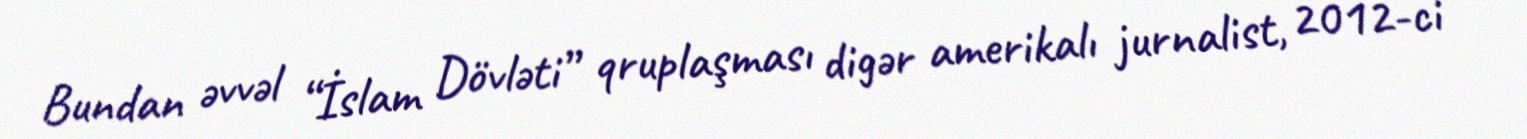
Bundan əvvəl “İslam Dövləti” qruplaşması digər amerikalı jurnalist, 2012-ci